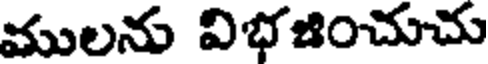
ములను విభజించుచు